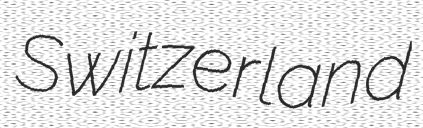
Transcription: Switzerland